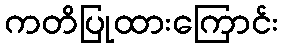
ကတိပြုထားကြောင်း